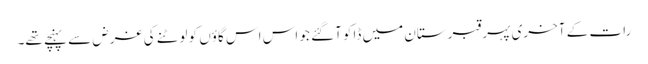
رات کے آخری پہر قبرستان میں ڈاکو آگئے جو اس اس گاؤں کو لوٹنے کی غرض سے پہنچے تھے۔